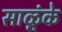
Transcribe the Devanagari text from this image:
साळूंके